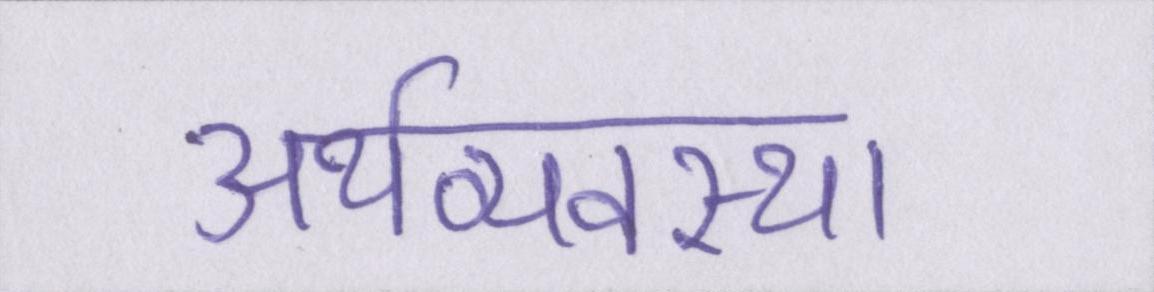
अर्थव्यवस्था